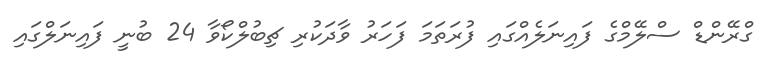
ގްރޭންޑް ސްލޭމްގެ ފައިނަލެއްގައި ފުރަތަމަ ފަހަރު ވާދަކުރި ޗިބުލްކޯވާ 24 ބުނީ ފައިނަލްގައި